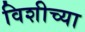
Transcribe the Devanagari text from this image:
विशीच्या